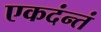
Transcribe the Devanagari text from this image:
एकदंन्तं